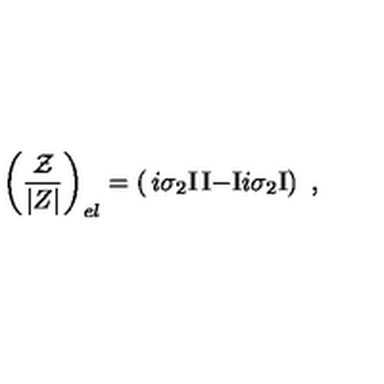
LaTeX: \left( { \frac { \cal Z } { | Z | } } \right) _ { e l } = \left( \begin{matrix} { i \sigma _ { 2 } \mathrm { I } } & { \mathrm { I } } \\ { - \mathrm { I } } & { i \sigma _ { 2 } \mathrm { I } } \\ \end{matrix} \right) \ ,